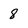
Character: 8